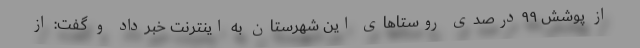
از پوشش ۹۹درصدی روستا‌های این شهرستان به اینترنت خبرداد و گفت: از